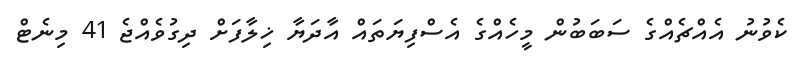
ކެވުނު އެއްޗެއްގެ ސަބަބުން މީހެއްގެ އެސްފިޔަތައް އާދަޔާ ޚިލާފަށް ދިގުވެއްޖެ 41 މިނެޓް